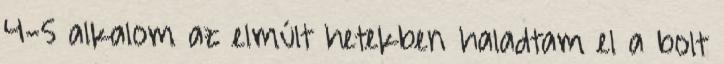
4-5 alkalom az elmúlt hetekben haladtam el a bolt